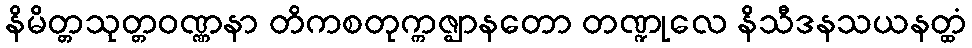
နိမိတ္တသုတ္တဝဏ္ဏနာ တိကစတုက္ကဇ္ဈာနတော တဏ္ဍုလေ နိသီဒနသယနတ္ထံ